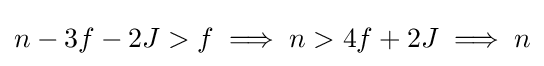
n-3f-2J>f\implies n>4f+2J\implies n